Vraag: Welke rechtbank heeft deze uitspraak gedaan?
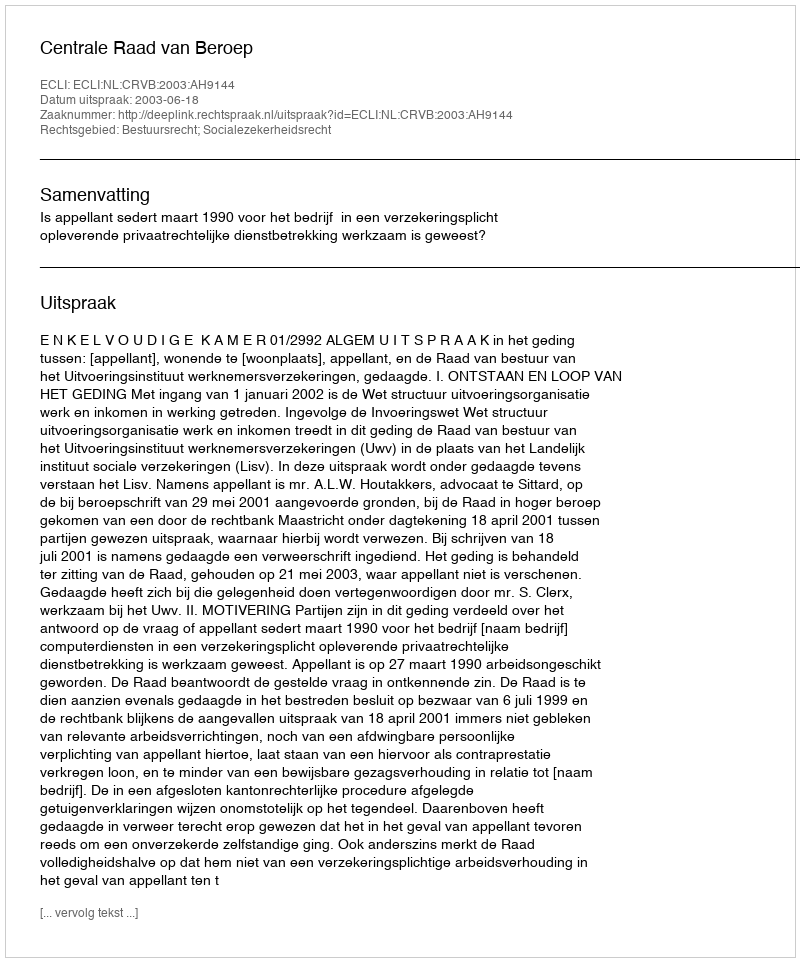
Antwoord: Centrale Raad van Beroep